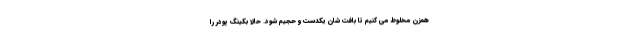
همزن مخلوط می کنیم تا بافت شان یکدست و حجیم شود. حالا بکینگ پودر را